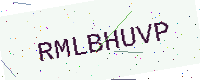
Text: RMLBHUVP